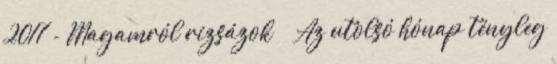
2017 - Magamról rizsázok Az utolsó hónap tényleg